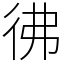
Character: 彿